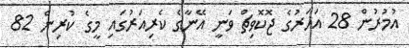
އުމުރުން 28 އަހަރުގެ ޖޮކޮވިޗް ވަނީ އޭނާގެ ކެރިއަރުގައި މީގެ ކުރިން 82